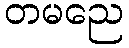
တမညေ